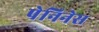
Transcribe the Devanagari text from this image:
पेनिनेस